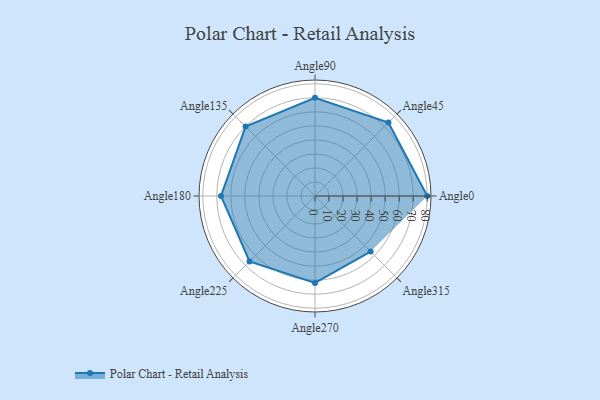
{"axis": {"x": "Angle", "y": "Radius"}, "legend": [""], "data": [{"x": "Angle0", "y": 80.0, "type": ""}, {"x": "Angle45", "y": 74.0, "type": ""}, {"x": "Angle90", "y": 70.0, "type": ""}, {"x": "Angle135", "y": 70.0, "type": ""}, {"x": "Angle180", "y": 67.0, "type": ""}, {"x": "Angle225", "y": 66.0, "type": ""}, {"x": "Angle270", "y": 62.0, "type": ""}, {"x": "Angle315", "y": 56.0, "type": ""}]}